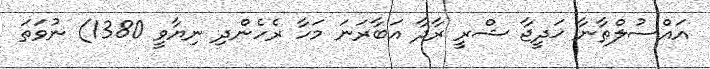
އައްސުލްޠާނާ ޚަދީޖާ ޝްރީ ރާދާ އަބާރަނަ މަހާ ރެހެންދި ނިޔާވީ 1380) ނުވަތަ